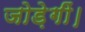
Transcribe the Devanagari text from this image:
जोड़ेगीं।